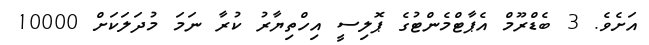
އަށެވެ. 3 ބެޑްރޫމް އެޕާޓްމެންޓުގެ ޕޮލިސީ އިހްތިޔާރު ކުރާ ނަމަ މުދަލަކަށް 10000